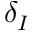
\delta _ { I }